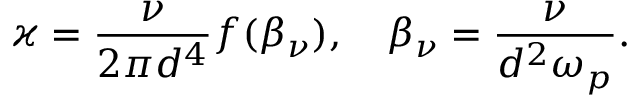
\varkappa = \frac { \nu } { 2 \pi d ^ { 4 } } f ( \beta _ { \nu } ) , \quad \beta _ { \nu } = \frac { \nu } { d ^ { 2 } \omega _ { p } } .